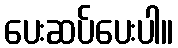
ပေးဆပ်ပေးပါ။